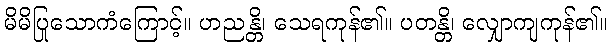
မိမိပြုသောကံကြောင့်။ ဟညန္တိ၊ သေရကုန်၏။ ပတန္တိ၊ လျှောကျကုန်၏။